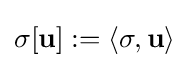
\sigma [\mathbf {u} ]:=\langle \sigma ,\mathbf {u} \rangle